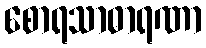
စောရသာဓာရဏာ